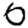
Digit: 0